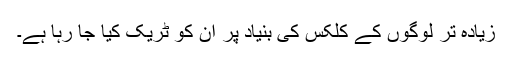
زیادہ تر لوگوں کے کلکس کی بنیاد پر ان کو ٹریک کیا جا رہا ہے۔